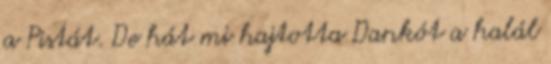
a Pistát. De hát mi hajtotta Dankót a halál